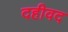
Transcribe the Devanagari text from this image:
दहीवद